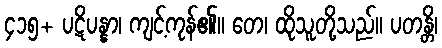
၄၁၅+ ပဋိပန္နာ၊ ကျင့်ကုန်၏။ တေ၊ ထိုသူတို့သည်။ ပတန္တိ၊